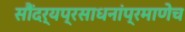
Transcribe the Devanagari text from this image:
सौंदर्यप्रसाधनांप्रमाणेच